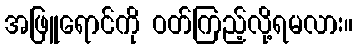
အဖြူရောင်ကို ဝတ်ကြည့်လို့ရမလား။